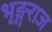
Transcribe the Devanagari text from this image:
भृङ्गराज